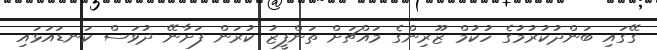
ގޭގައި ބަންދުކުރުމުގެ ހުކުމް ޒޫރިންގެ މައްޗަށް ތަންފީޒު ކުރަން ފަށާނޭ ދުވަސް ކަނޑައަޅައި